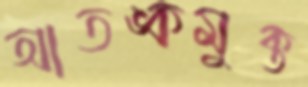
আতঙ্কমুক্ত